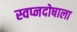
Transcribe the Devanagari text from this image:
स्वप्नदोषाला